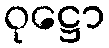
ဝုဋ္ဌော